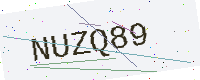
Text: NUZQ89